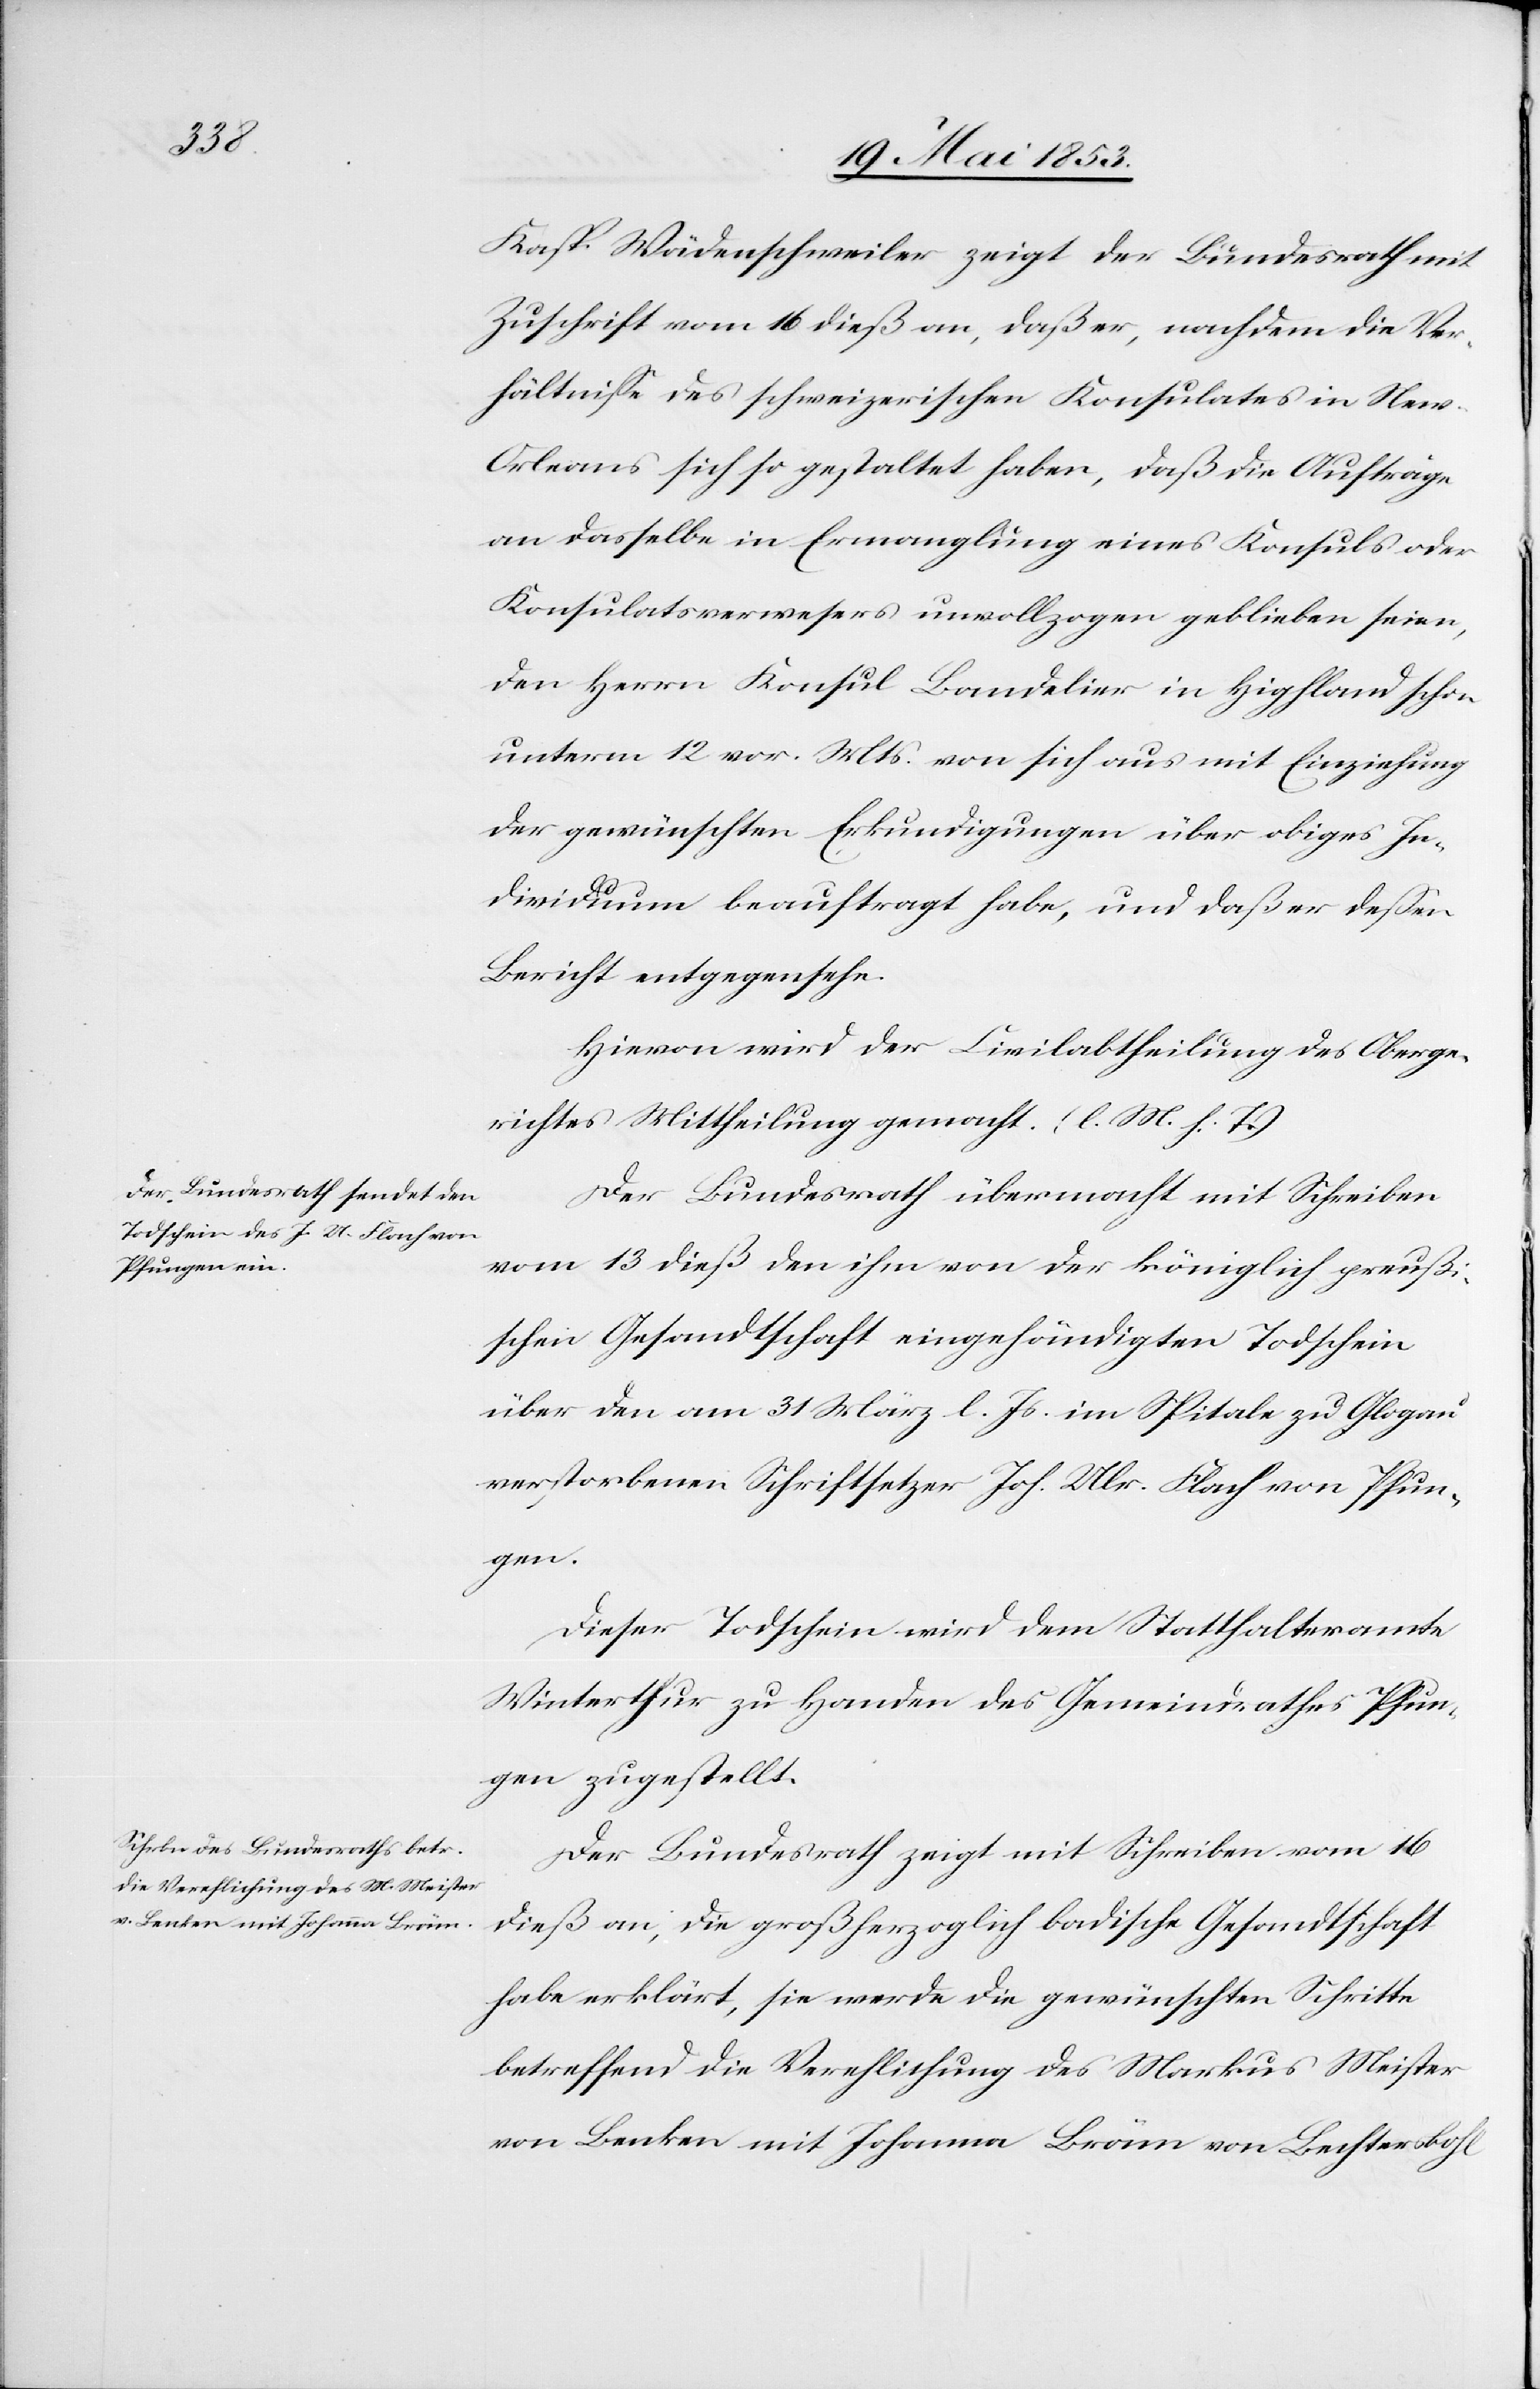
Kasp. Wädenschweiler zeigt der Bundesrath mit
Zuschrift vom 16 dieß an, daß er, nachdem die Ver¬
hältniße des schweizerischen Konsulates in Ne¬
w-Orleans sich so gestaltet haben, daß die Aufträge
an dasselbe in Ermangelung eines Konsuls oder
Konsulatsverwesers unvollzogen geblieben seien,
den Herrn Konsul Bandelier in Hipfland schon
unterm 12 vor. Mts von sich aus mit Einziehung
der gewünschten Erkundigungen über obiges In¬
dividuum beauftragt habe, und daß er deßen
Bericht entgegensehe.
Hievon wird der Civilabtheilung des Oberge¬
richtes Mittheilung gemacht. [l. M. h. T]
Der Bundesrath übermacht mit Schreiben
vom 13 dieß den ihm von der königlich preuß¬
ischen Gesantschaft eingehändigten Todschein
über den am 31 März l. Js. im Spitale zu Glogau
verstorbenen Schriftsetzer Joh. Ulr. Flach von Pfun¬
gen.
Dieser Todschein wird dem Statthalteramte
Winterthur zu Handen des Gemeindrathes Pfun¬
gen zugestellt.
Der Bundesrath zeigt mit Schreiben vom 16
dieß an, die großherzoglich badische Gesandtschaft
habe erklärt, sie werde die gewünschten Schritte
betreffend die Verpflichtung des Markus Meister
von Benken mit Johanna Bräm von Bechtersbohl